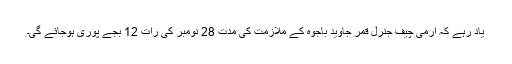
یاد رہے کہ آرمی چیف جنرل قمر جاوید باجوہ کے ملازمت کی مدت 28 نومبر کی رات 12 بجے پوری ہوجائے گی۔